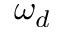
\omega _ { d }